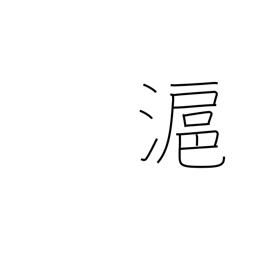
Meaning: another name for Shanghai